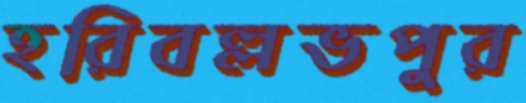
হরিবল্লভপুর